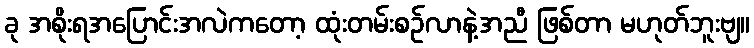
ခု အစိုးရအပြောင်းအလဲကတော့ ထုံးတမ်းစဉ်လာနဲ့အညီ ဖြစ်တာ မဟုတ်ဘူးဗျ။